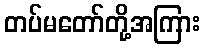
တပ်မတော်တို့အကြား